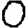
Digit: 0